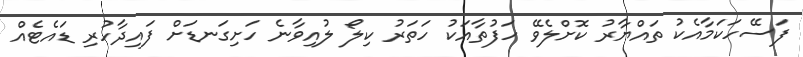
ފަސޭހަކަމާއެކު ތައްޔާރު ކޮށްލެވޭ ހަފުތާއަކު ހަތަރު ކިލޯ ލުއިވާނެ ހަށިގަނޑަށް ފައިދާހުރި ޑައެޓެއް